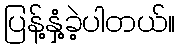
ပြန့်နှံ့ခဲ့ပါတယ်။